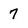
Character: 7